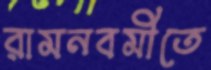
রামনবমীতে